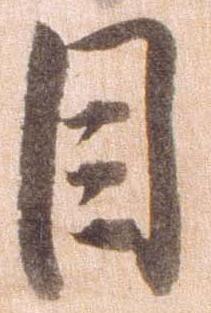
目